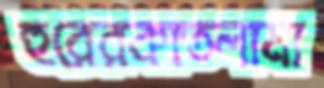
হুরেরকাতলামা